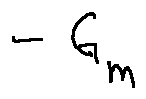
- G _ { m }